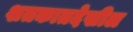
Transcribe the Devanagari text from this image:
शतकातदेखील